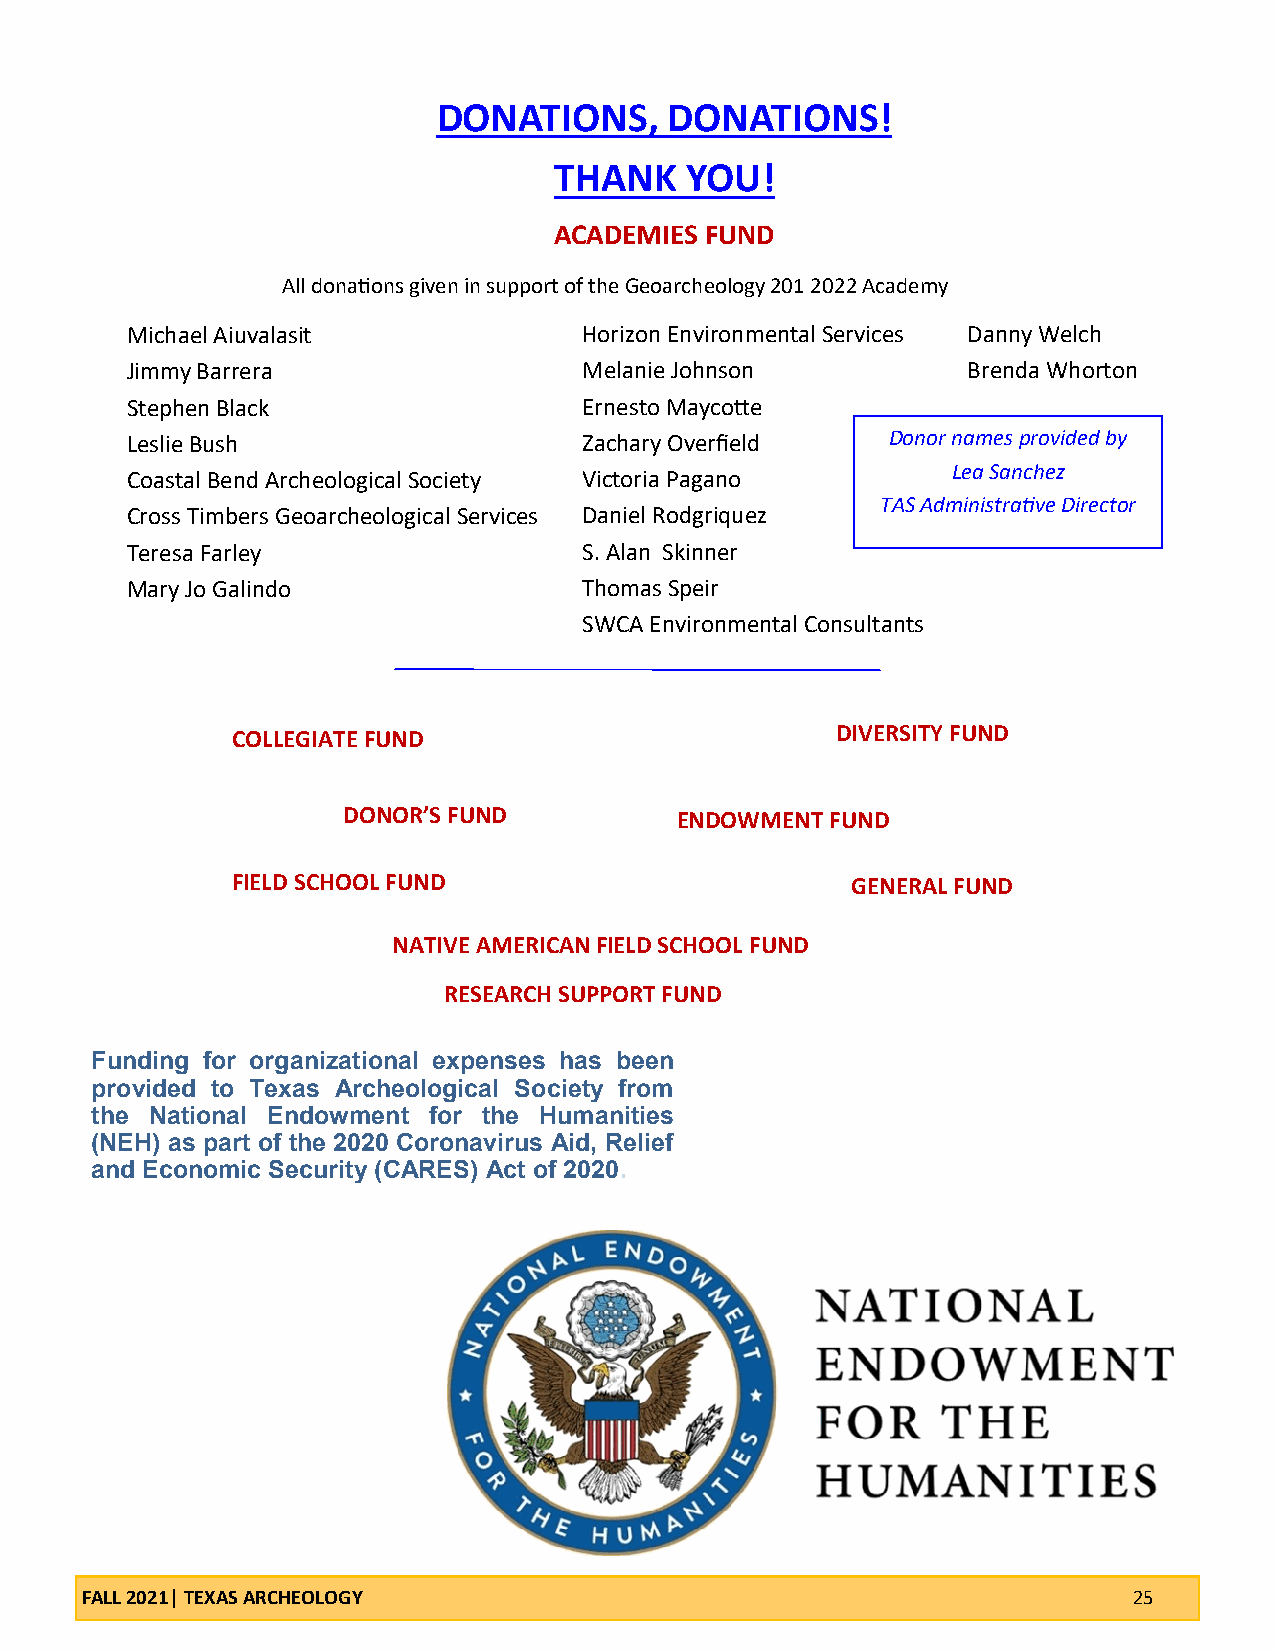
DONATIONS,     DONATIONS!
 THANK   YOU!
 ACADEMIES FUND
 All donations given in support of the Geoarcheology 201 2022 Academy
 Michael Aiuvalasit             H o r i z o n E n v i r o n m e n t a l S e r v i c e s D a n n y W e l c h
 Jimmy Barrera                  M e l a n i e J o h n s o n B r e n d a W h o r t o n
 Stephen Black                  E r n e s t o M a y c o tt e
 Leslie Bush                    Z a c h a r y O v e r fi e l d D o n o r n a m e s p r o v i d e d b y
 Lea Sanchez
 Coastal Bend Archeological Society V i c t o r i a P a g a n o
 TAS Administrative Director
 Cross Timbers Geoarcheological Services D a n i e l R o d g r i q u e z
 Teresa Farley                  S . A l a n S k i n n e r
 Mary Jo Galindo                T h o m a s S p e i r
 SWCA Environmental Consultants
 COLLEGIATE FUND                         DIVERSITY FUND
 DONOR’S FUND          ENDOWMENT FUND
 FIELD SCHOOL FUND                        GENERAL FUND
 NATIVE AMERICAN FIELD SCHOOL FUND
 RESEARCH SUPPORT FUND
 Funding for organizational expenses has been
 provided to Texas Archeological Society from
 the National Endowment for the Humanities
 (NEH) as part of the 2020 Coronavirus Aid, Relief
 and Economic Security (CARES) Act of 2020.
 FALL 2021| TEXAS ARCHEOLOGY                                           25